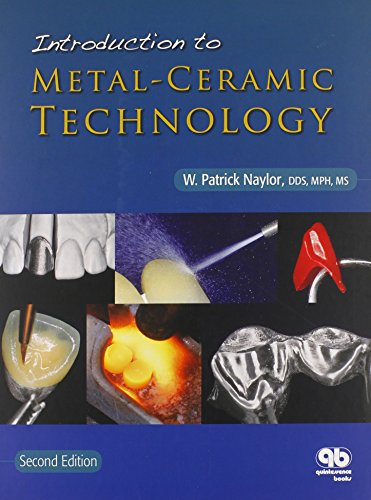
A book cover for Introduction to Metal-Ceramic Technology; W. Patrick Naylor; Medical Books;